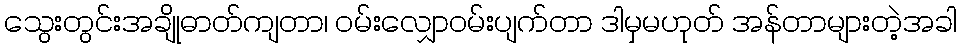
သွေးတွင်းအချိုဓာတ်ကျတာ၊ ၀မ်းလျှော၀မ်းပျက်တာ ဒါမှမဟုတ် အန်တာများတဲ့အခါ